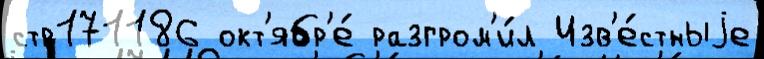
стр171186 окт'ябр'е́ разгром'и́л Изв'е́стныjе